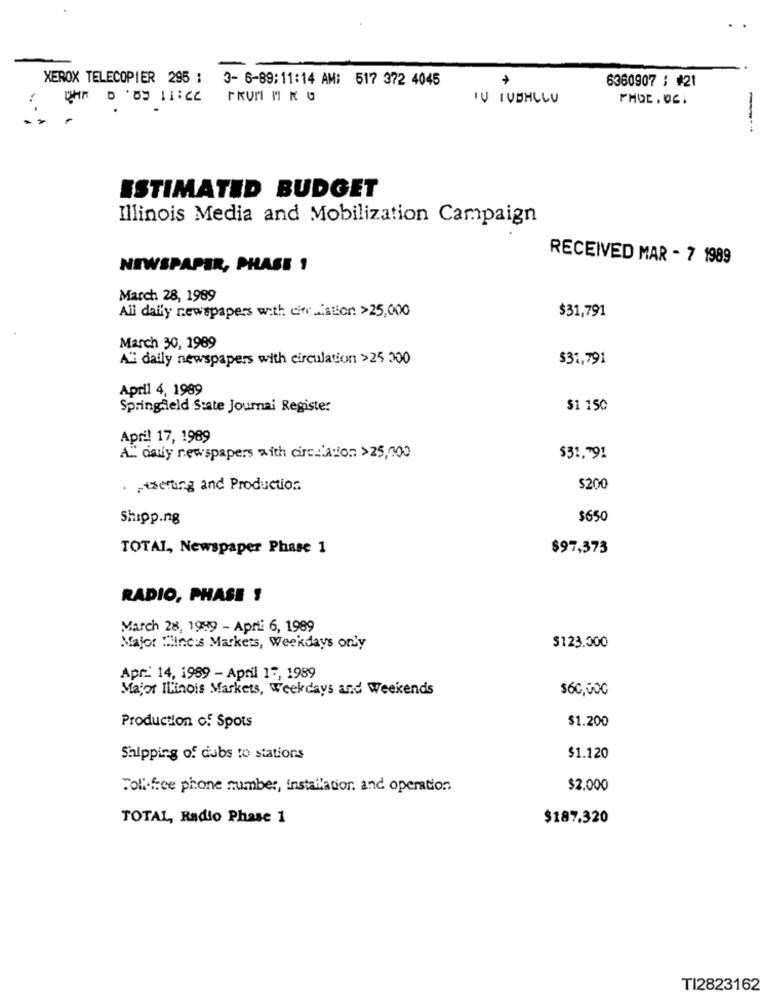
-
XEROX TELECOPIER 295 : 3- 6-89;11:14 AM; 517 372 4045
6360907 : #21
UHR 0 09 11:22 FRUM " K G
TU IVBHLLU
-
ESTIMATED BUDGET
Illinois Media and Mobilization Campaign
RECEIVED MAR - 7 1989
NEWSPAPER, PHASE 1
March 28, 1989
Ail daffy newspapers with cifr ... ation: >25,000
$31,791
March 30, 1989
AN daily newspapers with circulation >25.000
$31,791
April 4, 1989
Springfield State Journal Register
$1 150
April 17, 1989
A"daily newspapers with circulation > 25,000
$31,791
. ptsetting and Production
$200
Shipp.ng
$650
TOTAL, Newspaper Phase 1
$97,373
RADIO, PHASE !
March 28, 1999 - Aprii 6, 1989
Major Winc:s Markets, Weekdays only
$123.000
Apr_ 14, 1989 - April 17, 1989
Major Illinois Markets, Weekdays and Weekends
$60,000
$1.200
Production of Spots
Shipping of dubs to stations
$1.120
Toll-free phone number, installation. and operation
$2.000
TOTAL, Radio Phase 1
$187.320
TI2823162